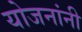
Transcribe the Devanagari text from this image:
योजनांनी